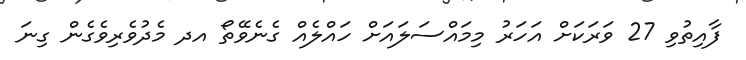
ފާއިތުވި 27 ވަރަކަށް އަހަރު މިމައްސަލައަށް ހައްލެއް ގެނެވޭތޯ އދ މެދުވެރިވެގެން ގިނަ